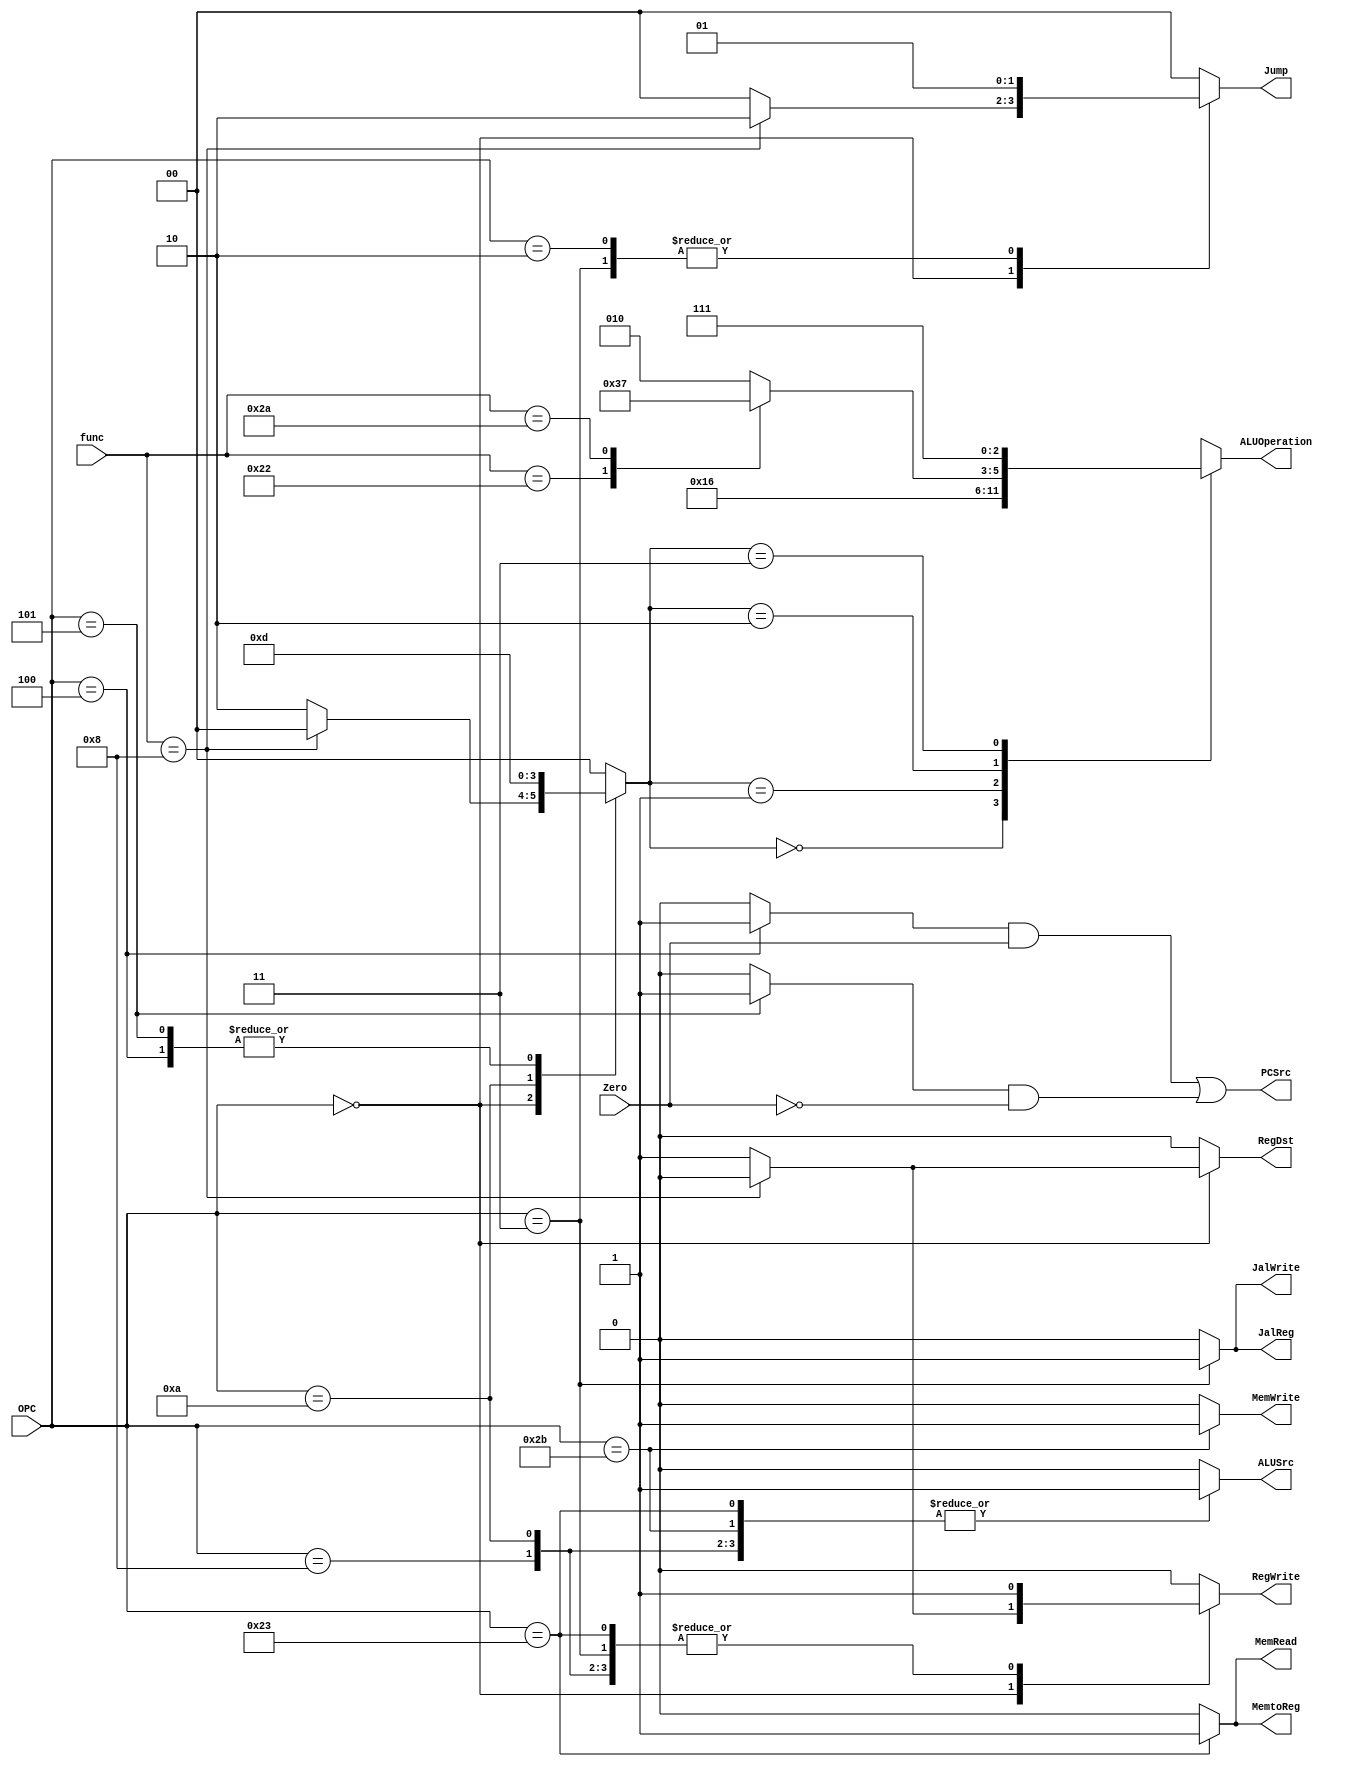
`timescale 1ns/1ns

module controller(Zero, OPC, func,RegDst, RegWrite, ALUSrc, ALUOperation, MemRead, MemWrite, JalReg, JalWrite, MemtoReg, PCSrc, Jump);
  input  Zero;
  input [5:0] OPC, func;
  output RegDst, RegWrite, ALUSrc, MemRead, MemWrite, JalReg, JalWrite, MemtoReg, PCSrc;
  output [1:0] Jump;
  output [2:0] ALUOperation;
  reg RegDst, RegWrite, ALUSrc, MemRead, MemWrite, JalReg, JalWrite, MemtoReg;
  reg [1:0] Jump;
  reg [2:0] ALUOperation;
  reg [1:0] ALUOp;
  reg branchEq,branchNe;
  always@(OPC, func)begin
    Jump = 2'b00;
    {RegDst, RegWrite, ALUSrc, MemRead, MemWrite, JalReg, JalWrite, MemtoReg, branchEq ,branchNe} = 10'd0;
    ALUOp = 2'b00;
    case(OPC)
      6'b000000: begin 
        if(func == 6'b001000)//jr
          Jump = 2'b10;
        else begin//R-type
          RegDst = 1'b1;
          RegWrite = 1'b1;
          ALUOp = 2'b10;
        end
      end
      6'b001000: begin//addi
        RegWrite = 1'b1;
        ALUSrc = 1'b1;
        ALUOp = 2'b00;
      end
      6'b001010: begin//slti
        RegWrite = 1'b1;
        ALUSrc = 1'b1;
        ALUOp = 2'b11;
      end
      6'b100011: begin//lw
        RegWrite = 1'b1;
        ALUSrc = 1'b1;
        MemtoReg = 1'b1;
        MemRead = 1'b1;
        ALUOp = 2'b00;
      end
      6'b101011: begin//sw
        ALUSrc = 1'b1;
        MemWrite = 1'b1;
        ALUOp = 2'b00;
      end
      6'b000010: begin//j
        Jump = 2'b01;
      end
      6'b000011: begin//jal
        Jump = 2'b01;
        JalReg = 1'b1;
        JalWrite = 1'b1;
        RegWrite = 1'b1;
      end
      6'b000100: begin //beq
        branchEq = 1'b1;
        ALUOp = 2'b01;
      end
      6'b000101: begin//bne
        branchNe = 1'b1;
        ALUOp = 2'b01;
      end
  endcase
  end
  always @(ALUOp, func)begin
    ALUOperation = 3'b010;
    case(ALUOp)
      2'b00 : ALUOperation = 3'b010;
      2'b01 : ALUOperation = 3'b110;
      2'b10 : begin
        case(func)
          6'b100000 : ALUOperation = 3'b010;
          6'b100010 : ALUOperation = 3'b110;
          6'b101010 : ALUOperation = 3'b111;
        endcase
      end
      2'b11 : ALUOperation = 3'b111;
    endcase
  end     
  assign PCSrc = (branchEq & Zero) | (branchNe & ~Zero);
endmodule